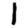
Digit: 1